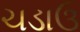
ચડાઉ